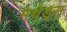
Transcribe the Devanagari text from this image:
मेथेड्स